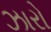
ઝારો